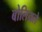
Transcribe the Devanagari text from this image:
बोलियले